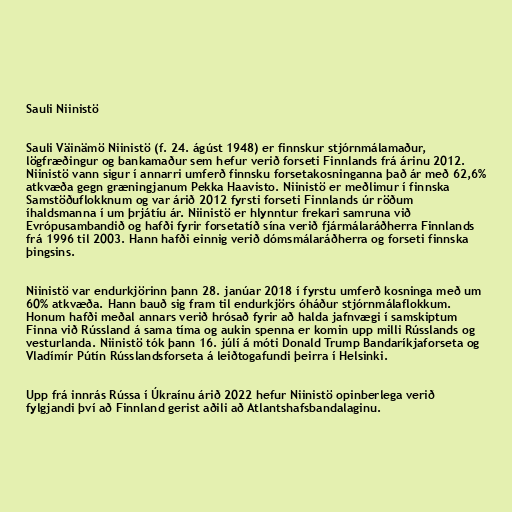
Sauli Niinistö

Sauli Väinämö Niinistö (f. 24. ágúst 1948) er finnskur stjórnmálamaður,
lögfræðingur og bankamaður sem hefur verið forseti Finnlands frá árinu 2012.
Niinistö vann sigur í annarri umferð finnsku forsetakosninganna það ár með 62,6%
atkvæða gegn græningjanum Pekka Haavisto. Niinistö er meðlimur í finnska
Samstöðuflokknum og var árið 2012 fyrsti forseti Finnlands úr röðum
íhaldsmanna í um þrjátíu ár. Niinistö er hlynntur frekari samruna við
Evrópusambandið og hafði fyrir forsetatíð sína verið fjármálaráðherra Finnlands
frá 1996 til 2003. Hann hafði einnig verið dómsmálaráðherra og forseti finnska
þingsins.

Niinistö var endurkjörinn þann 28. janúar 2018 í fyrstu umferð kosninga með um
60% atkvæða. Hann bauð sig fram til endurkjörs óháður stjórnmálaflokkum.
Honum hafði meðal annars verið hrósað fyrir að halda jafnvægi í samskiptum
Finna við Rússland á sama tíma og aukin spenna er komin upp milli Rússlands og
vesturlanda. Niinistö tók þann 16. júlí á móti Donald Trump Bandaríkjaforseta og
Vladímír Pútín Rússlandsforseta á leiðtogafundi þeirra í Helsinki.

Upp frá innrás Rússa í Úkraínu árið 2022 hefur Niinistö opinberlega verið
fylgjandi því að Finnland gerist aðili að Atlantshafsbandalaginu.